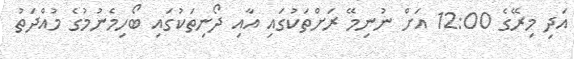
އަދި މިރޭގެ 12:00 އަށް ނުނިމޭ ރަށްތަކުގައި އާއި ދޯނިތަކުގައި ބޯހިމެނުމުގެ މުއްދަތު